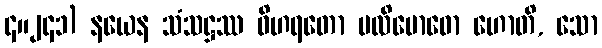
၄။၂၄၁) နယေန သံသဋ္ဌဿ ဝိဟရတော ပလိဗောဓော ဟောတိ, သော